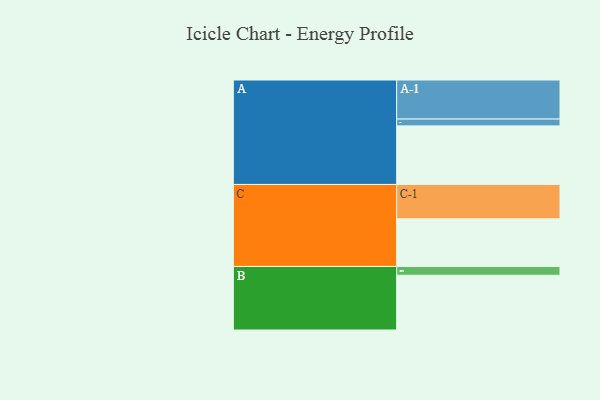
{"axis": {"x": "Segment", "y": "Value"}, "legend": ["", "A", "B", "C"], "data": [{"x": "A", "y": 438, "type": ""}, {"x": "B", "y": 409, "type": ""}, {"x": "C", "y": 356, "type": ""}, {"x": "A-1", "y": 292, "type": "A"}, {"x": "A-2", "y": 51, "type": "A"}, {"x": "B-1", "y": 66, "type": "B"}, {"x": "C-1", "y": 257, "type": "C"}]}